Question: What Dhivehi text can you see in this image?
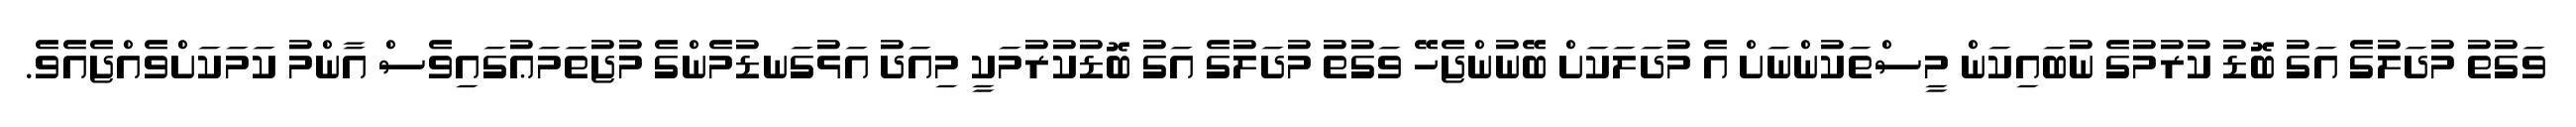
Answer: ވަގުތު މުދަލުގެ އަގު ބޮޑު ކުރުމުގެ ނުބައިކަން މީސްތަކުންނަށް އެ މުދަލަކަށް ބޭނުންޖެހޭ ވަގުތު މުދަލުގެ އަގު ބޮޑުކުރުމަކީ މިއަދު އަޅުގަނޑުމެންގެ މުޖުތަމަޢުގައިވެސް އާންމު ކަމަކަށްވެއްޖެއެވެ.